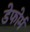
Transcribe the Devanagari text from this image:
डेफोर्म